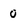
Character: 0